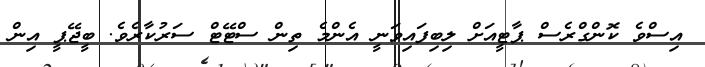
އިސްވެ ކޮންގްރެސް ޕާޓީއަށް ލިބިފައިވަނީ އެންމެ ތިން ސްޓޭޓް ސަރުކާރެވެ. ބީޖޭޕީ އިން